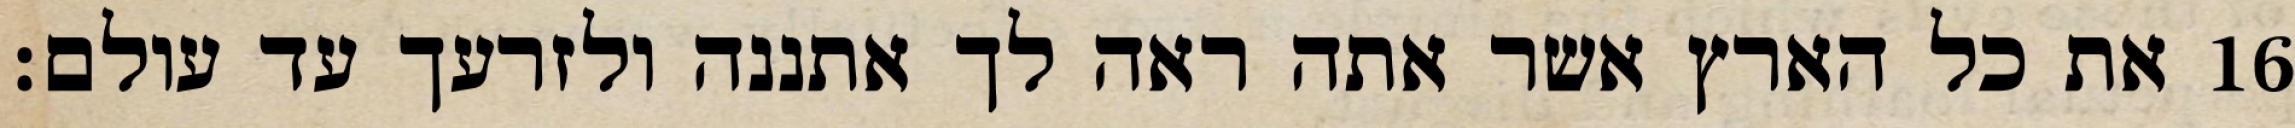
את כל הארץ אשר אתה ראה לך אתננה ולזרעך עד עולם׃ ‎16‏